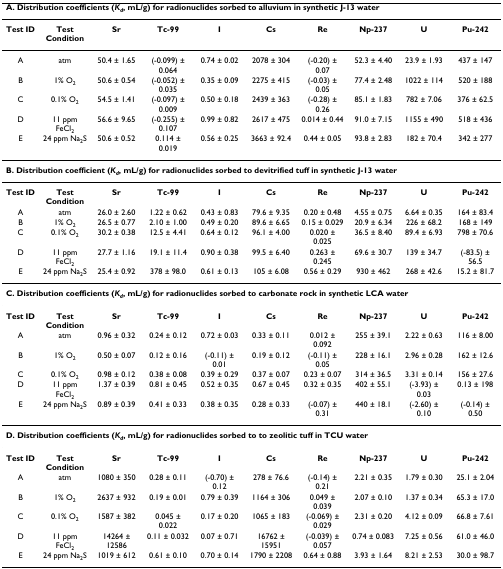
<table><thead><tr><td colspan="10"><b>A. Distribution coefficients (<i>K</i><sub><i>d</i></sub>, mL/g) for radionuclides sorbed to alluvium in synthetic J-13 water</b></td></tr></thead><tbody><tr><td><b>Test ID</b></td><td><b>Test Condition</b></td><td><b>Sr</b></td><td><b>Tc-99</b></td><td><b>I</b></td><td><b>Cs</b></td><td><b>Re</b></td><td><b>Np-237</b></td><td><b>U</b></td><td><b>Pu-242</b></td></tr><tr><td>A</td><td>atm</td><td>50.4 ± 1.65</td><td>(-0.099) ± 0.064</td><td>0.74 ± 0.02</td><td>2078 ± 304</td><td>(-0.20) ± 0.07</td><td>52.3 ± 4.40</td><td>23.9 ± 1.93</td><td>437 ± 147</td></tr><tr><td>B</td><td>1% O<sub>2</sub></td><td>50.6 ± 0.54</td><td>(-0.052) ± 0.035</td><td>0.35 ± 0.09</td><td>2275 ± 415</td><td>(-0.03) ± 0.05</td><td>77.4 ± 2.48</td><td>1022 ± 114</td><td>520 ± 188</td></tr><tr><td>C</td><td>0.1% O<sub>2</sub></td><td>54.5 ± 1.41</td><td>(-0.097) ± 0.009</td><td>0.50 ± 0.18</td><td>2439 ± 363</td><td>(-0.28) ± 0.26</td><td>85.1 ± 1.83</td><td>782 ± 7.06</td><td>376 ± 62.5</td></tr><tr><td>D</td><td>11 ppm FeCl<sub>2</sub></td><td>56.6 ± 9.65</td><td>(-0.255) ± 0.107</td><td>0.99 ± 0.82</td><td>2617 ± 475</td><td>0.014 ± 0.44</td><td>91.0 ± 7.15</td><td>1155 ± 490</td><td>518 ± 436</td></tr><tr><td>E</td><td>24 ppm Na<sub>2</sub>S</td><td>50.6 ± 0.52</td><td>0.114 ± 0.019</td><td>0.56 ± 0.25</td><td>3663 ± 92.4</td><td>0.44 ± 0.05</td><td>93.8 ± 2.83</td><td>182 ± 70.4</td><td>342 ± 277</td></tr><tr><td colspan="10"><b>B. Distribution coefficient (<i>K</i><sub><i>d</i></sub>, mL/g) for radionuclides sorbed to devitrified tuff in synthetic J-13 water</b></td></tr><tr><td><b>Test ID</b></td><td><b>Test Condition</b></td><td><b>Sr</b></td><td><b>Tc-99</b></td><td><b>I</b></td><td><b>Cs</b></td><td><b>Re</b></td><td><b>Np-237</b></td><td><b>U</b></td><td><b>Pu-242</b></td></tr><tr><td>A</td><td>atm</td><td>26.0 ± 2.60</td><td>1.22 ± 0.62</td><td>0.43 ± 0.83</td><td>79.6 ± 9.35</td><td>0.20 ± 0.48</td><td>4.55 ± 0.75</td><td>6.64 ± 0.35</td><td>164 ± 83.4</td></tr><tr><td>B</td><td>1% O<sub>2</sub></td><td>26.5 ± 0.77</td><td>2.10 ± 1.00</td><td>0.49 ± 0.20</td><td>89.6 ± 6.65</td><td>0.15 ± 0.029</td><td>20.9 ± 6.34</td><td>226 ± 68.2</td><td>168 ± 149</td></tr><tr><td>C</td><td>0.1% O<sub>2</sub></td><td>30.2 ± 0.38</td><td>12.5 ± 4.41</td><td>0.64 ± 0.12</td><td>96.1 ± 4.00</td><td>0.020 ± 0.025</td><td>36.5 ± 8.40</td><td>89.4 ± 6.93</td><td>798 ± 70.6</td></tr><tr><td>D</td><td>11 ppm FeCl<sub>2</sub></td><td>27.7 ± 1.16</td><td>19.1 ± 11.4</td><td>0.90 ± 0.38</td><td>99.5 ± 6.40</td><td>0.263 ± 0.245</td><td>69.6 ± 30.7</td><td>139 ± 34.7</td><td>(-83.5) ± 56.5</td></tr><tr><td>E</td><td>24 ppm Na<sub>2</sub>S</td><td>25.4 ± 0.92</td><td>378 ± 98.0</td><td>0.61 ± 0.13</td><td>105 ± 6.08</td><td>0.56 ± 0.29</td><td>930 ± 462</td><td>268 ± 42.6</td><td>15.2 ± 81.7</td></tr><tr><td colspan="10"><b>C. Distribution coefficients (<i>K</i><sub><i>d</i></sub>, mL/g) for radionuclides sorbed to carbonate rock in synthetic LCA water</b></td></tr><tr><td><b>Test ID</b></td><td><b>Test Condition</b></td><td><b>Sr</b></td><td><b>Tc-99</b></td><td><b>I</b></td><td><b>Cs</b></td><td><b>Re</b></td><td><b>Np-237</b></td><td><b>U</b></td><td><b>Pu-242</b></td></tr><tr><td>A</td><td>atm</td><td>0.96 ± 0.32</td><td>0.24 ± 0.12</td><td>0.72 ± 0.03</td><td>0.33 ± 0.11</td><td>0.012 ± 0.092</td><td>255 ± 39.1</td><td>2.22 ± 0.63</td><td>116 ± 8.00</td></tr><tr><td>B</td><td>1% O<sub>2</sub></td><td>0.50 ± 0.07</td><td>0.12 ± 0.16</td><td>(-0.11) ± 0.01</td><td>0.19 ± 0.12</td><td>(-0.11) ± 0.05</td><td>228 ± 16.1</td><td>2.96 ± 0.28</td><td>162 ± 12.6</td></tr><tr><td>C</td><td>0.1% O<sub>2</sub></td><td>0.98 ± 0.12</td><td>0.38 ± 0.08</td><td>0.39 ± 0.29</td><td>0.37 ± 0.07</td><td>0.23 ± 0.07</td><td>314 ± 36.5</td><td>3.31 ± 0.14</td><td>156 ± 27.6</td></tr><tr><td>D</td><td>11 ppm FeCl<sub>2</sub></td><td>1.37 ± 0.39</td><td>0.81 ± 0.45</td><td>0.52 ± 0.35</td><td>0.67 ± 0.45</td><td>0.32 ± 0.35</td><td>402 ± 55.1</td><td>(-3.93) ± 0.03</td><td>0.13 ± 198</td></tr><tr><td>E</td><td>24 ppm Na<sub>2</sub>S</td><td>0.89 ± 0.39</td><td>0.41 ± 0.33</td><td>0.38 ± 0.35</td><td>0.28 ± 0.33</td><td>(-0.07) ± 0.31</td><td>440 ± 18.1</td><td>(-2.60) ± 0.10</td><td>(-0.14) ± 0.50</td></tr><tr><td colspan="10"><b>D. Distribution coefficients (<i>K</i><sub><i>d</i></sub>, mL/g) for radionuclides sorbed to to zeolitic tuff in TCU water</b></td></tr><tr><td><b>Test ID</b></td><td><b>Test Condition</b></td><td><b>Sr</b></td><td><b>Tc-99</b></td><td><b>I</b></td><td><b>Cs</b></td><td><b>Re</b></td><td><b>Np-237</b></td><td><b>U</b></td><td><b>Pu-242</b></td></tr><tr><td>A</td><td>atm</td><td>1080 ± 350</td><td>0.28 ± 0.11</td><td>(-0.70) ± 0.12</td><td>278 ± 76.6</td><td>(-0.14) ± 0.21</td><td>2.21 ± 0.35</td><td>1.79 ± 0.30</td><td>25.1 ± 2.04</td></tr><tr><td>B</td><td>1% O<sub>2</sub></td><td>2637 ± 932</td><td>0.19 ± 0.01</td><td>0.79 ± 0.39</td><td>1164 ± 306</td><td>0.049 ± 0.039</td><td>2.07 ± 0.10</td><td>1.37 ± 0.34</td><td>65.3 ± 17.0</td></tr><tr><td>C</td><td>0.1% O<sub>2</sub></td><td>1587 ± 382</td><td>0.045 ± 0.022</td><td>0.17 ± 0.20</td><td>1065 ± 183</td><td>(-0.069) ± 0.029</td><td>2.31 ± 0.20</td><td>4.12 ± 0.09</td><td>66.8 ± 7.61</td></tr><tr><td>D</td><td>11 ppm FeCl<sub>2</sub></td><td>14264 ± 12586</td><td>0.11 ± 0.032</td><td>0.07 ± 0.71</td><td>16762 ± 15951</td><td>(-0.039) ± 0.057</td><td>0.74 ± 0.083</td><td>7.25 ± 0.56</td><td>61.0 ± 46.0</td></tr><tr><td>E</td><td>24 ppm Na<sub>2</sub>S</td><td>1019 ± 612</td><td>0.61 ± 0.10</td><td>0.70 ± 0.14</td><td>1790 ± 2208</td><td>0.64 ± 0.88</td><td>3.93 ± 1.64</td><td>8.21 ± 2.53</td><td>30.0 ± 98.7</td></tr></tbody></table>